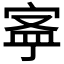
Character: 𡨬